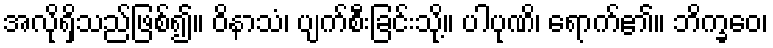
အလိုရှိသည်ဖြစ်၍။ ဝိနာသံ၊ ပျက်စီးခြင်းသို့။ ပါပုဏိ၊ ရောက်၏။ ဘိက္ခဝေ၊